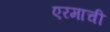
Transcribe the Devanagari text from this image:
एरमाची